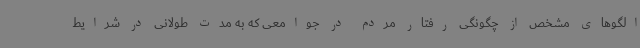
الگوهای مشخص از چگونگی رفتار مردم در جوامعی که به مدت طولانی در شرایط